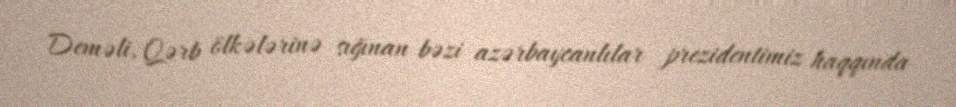
Deməli, Qərb ölkələrinə sığınan bəzi azərbaycanlılar prezidentimiz haqqında